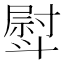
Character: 𣂊